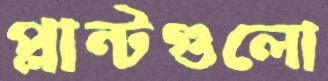
প্লান্টগুলো